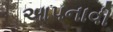
આપનાવી